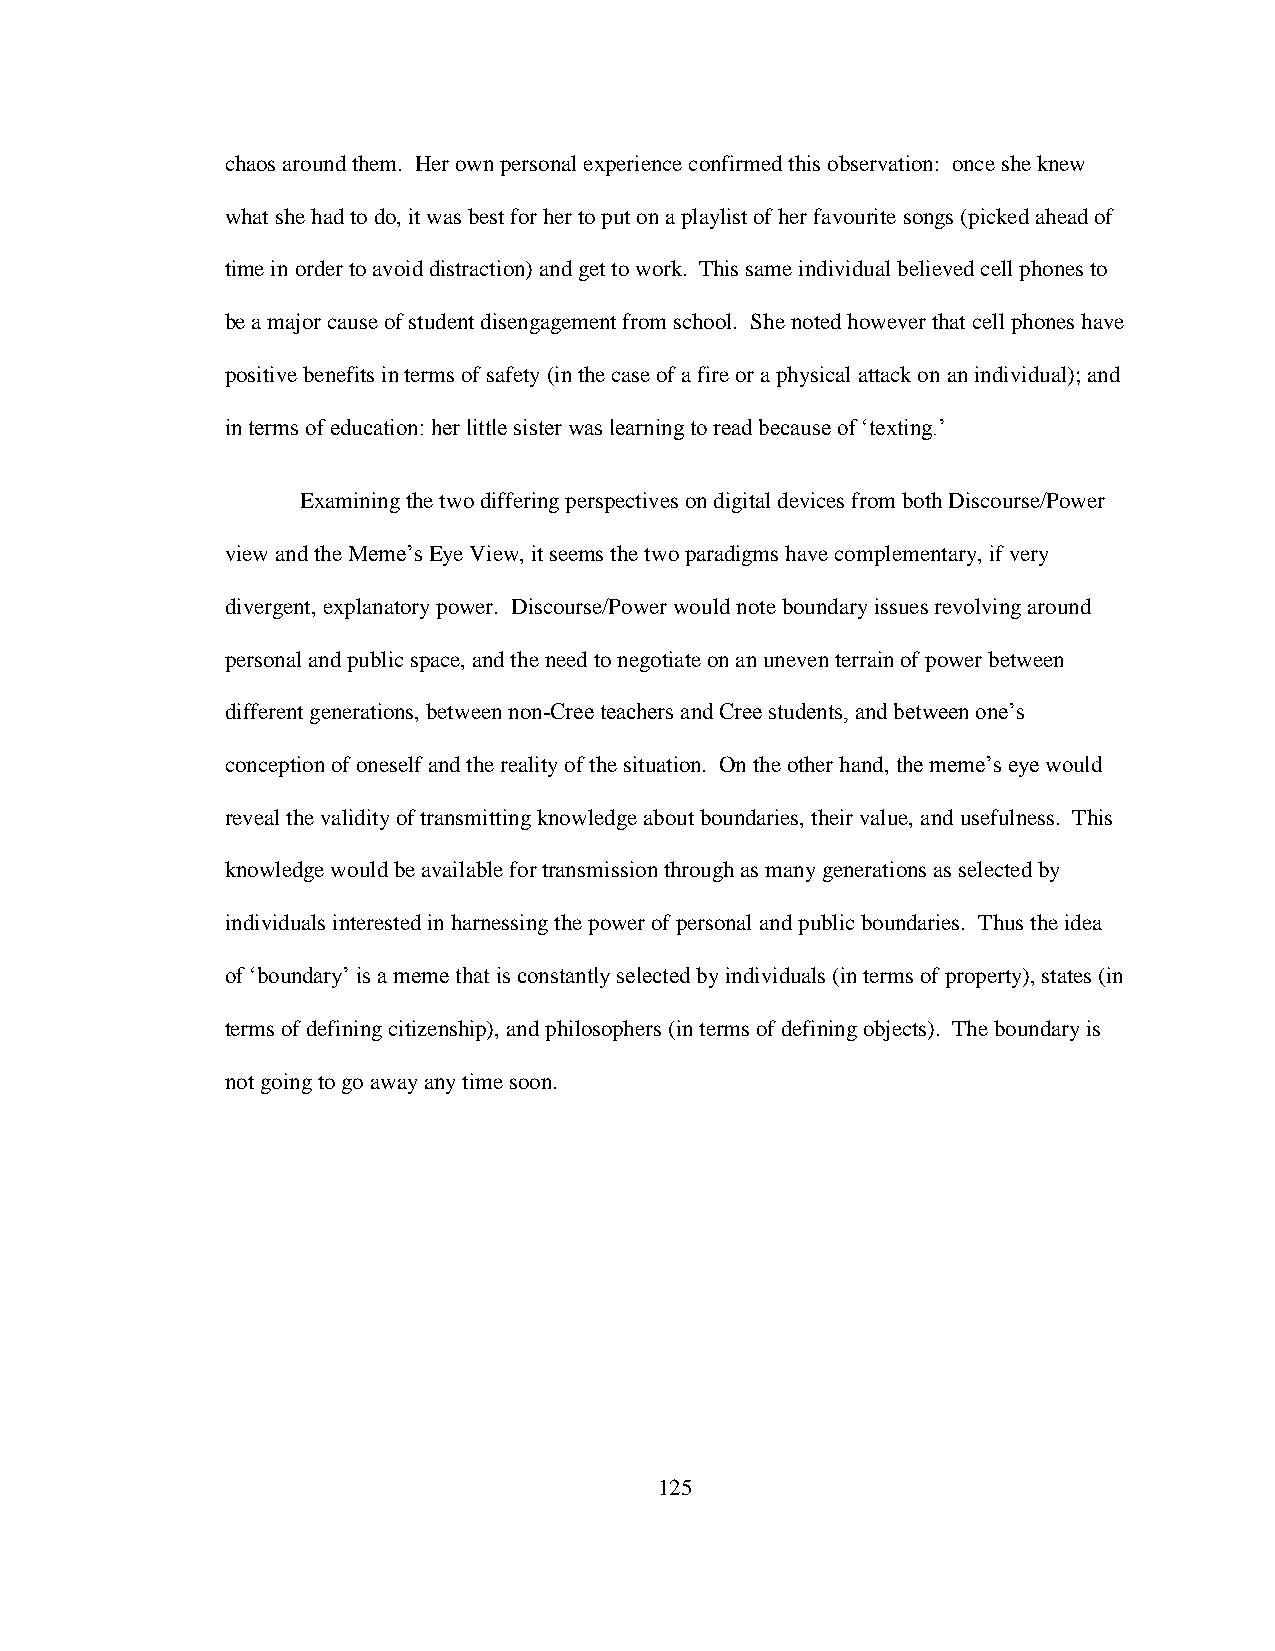
chaos around them. Her own personal experience confirmed this observation: once she knew
 what she had to do, it was best for her to put on a playlist of her favourite songs (picked ahead of
 time in order to avoid distraction) and get to work. This same individual believed cell phones to
 be a major cause of student disengagement from school. She noted however that cell phones have
 positive benefits in terms of safety (in the case of a fire or a physical attack on an individual); and
 in terms of education: her little sister was learning to read because of „texting.‟
 Examining the two differing perspectives on digital devices from both Discourse/Power
 view and the Meme‟s Eye View, it seems the two paradigms have complementary, if very
 divergent, explanatory power. Discourse/Power would note boundary issues revolving around
 personal and public space, and the need to negotiate on an uneven terrain of power between
 different generations, between non-Cree teachers and Cree students, and between one‟s
 conception of oneself and the reality of the situation. On the other hand, the meme‟s eye would
 reveal the validity of transmitting knowledge about boundaries, their value, and usefulness. This
 knowledge would be available for transmission through as many generations as selected by
 individuals interested in harnessing the power of personal and public boundaries. Thus the idea
 of „boundary‟ is a meme that is constantly selected by individuals (in terms of property), states (in
 terms of defining citizenship), and philosophers (in terms of defining objects). The boundary is
 not going to go away any time soon.
 125